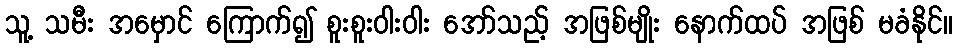
သူ့ သမီး အမှောင် ကြောက်၍ စူးစူးဝါးဝါး အော်သည့် အဖြစ်မျိုး နောက်ထပ် အဖြစ် မခံနိုင်။